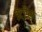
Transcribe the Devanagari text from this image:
इंट्रैंस